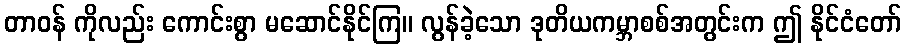
တာဝန် ကိုလည်း ကောင်းစွာ မဆောင်နိုင်ကြ။ လွန်ခဲ့သော ဒုတိယကမ္ဘာစစ်အတွင်းက ဤ နိုင်ငံတော်